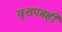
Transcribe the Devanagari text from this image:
वृत्तपत्रही